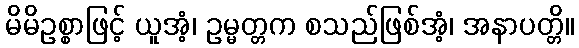
မိမိဥစ္စာဖြင့် ယူအံ့၊ ဥမ္မတ္တက စသည်ဖြစ်အံ့၊ အနာပတ္တိ။